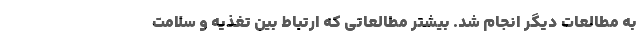
به مطالعات دیگر انجام شد. بیشتر مطالعاتی که ارتباط بین تغذیه و سلامت